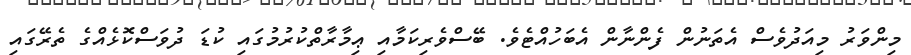
މިންވަރު މިއަދުވެސް އެތަނުން ފެންނާން އެބަހުއްޓެވެ. ބޭސްވެެރިކަމާއި ޢިމާރާތްކުރުމުގައި ކުޑަ ދުވަސްކޮޅެއްގެ ތެރޭގައި